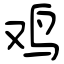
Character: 鸡